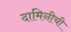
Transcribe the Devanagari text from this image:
दामिनीची